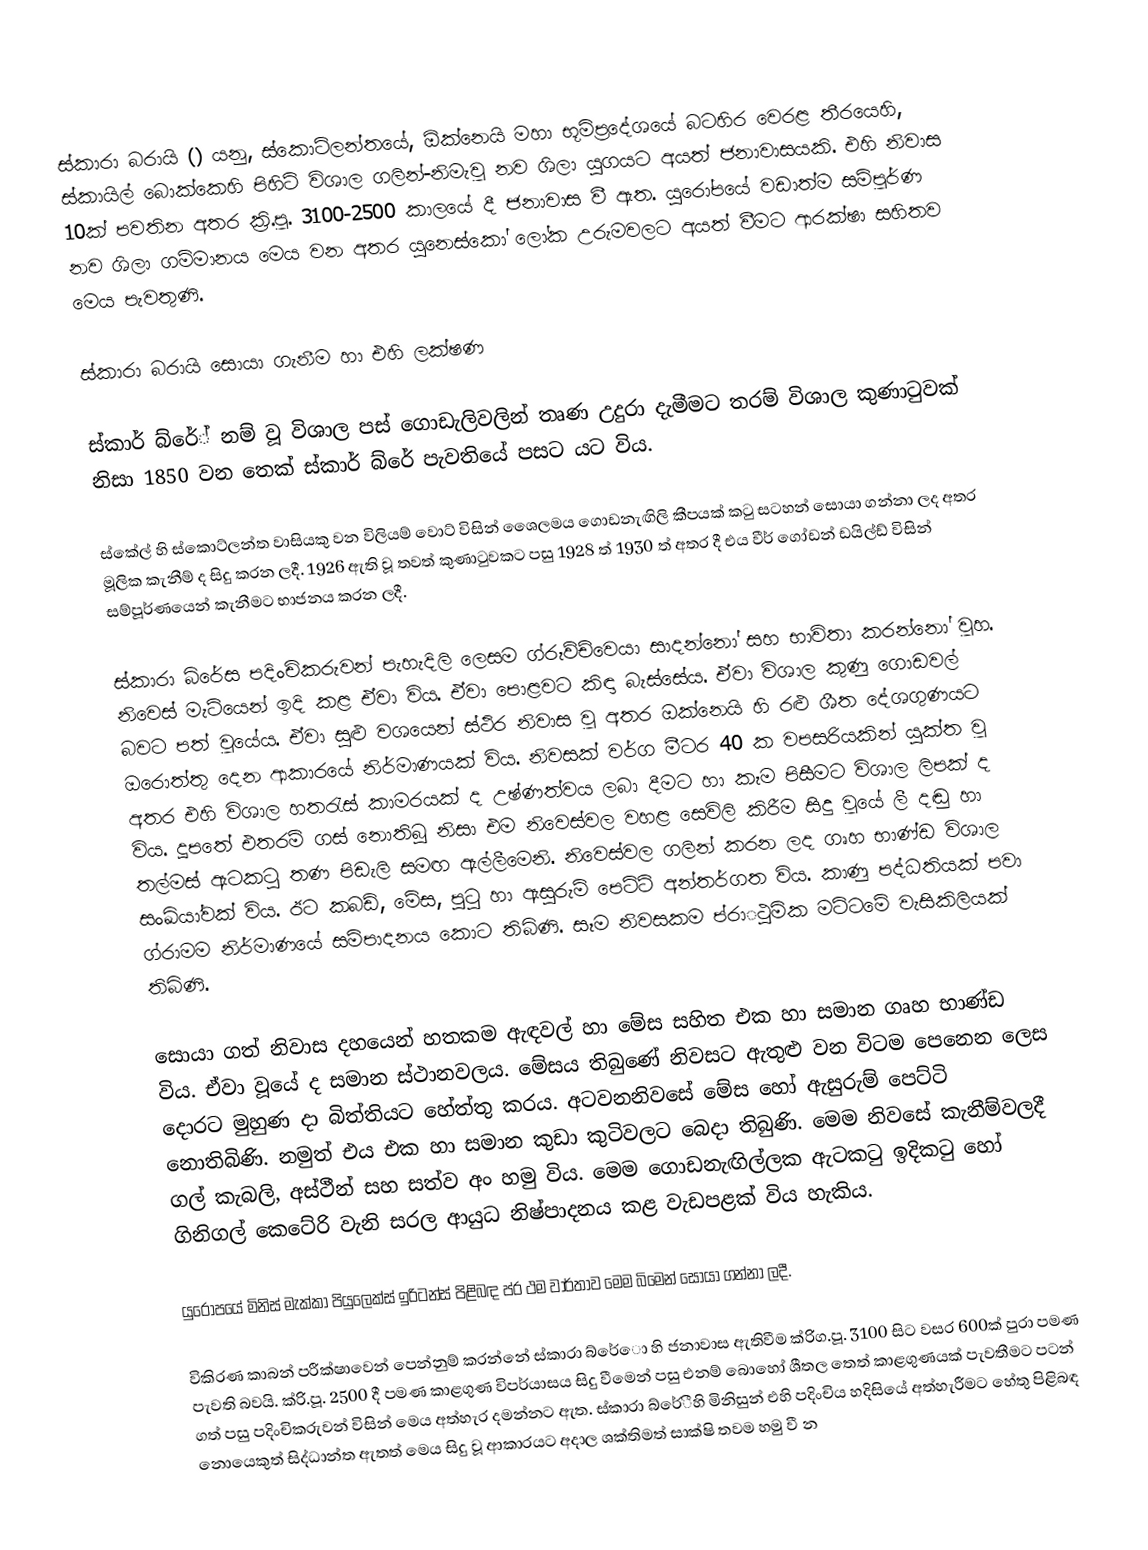
ස්කාරා බරායි () යනු,  ස්කොට්ලන්තයේ, ඕක්නෙයි මහා භූමිප්‍රදේශයේ බටහිර වෙරළ තීරයෙහි, ස්කායිල් බොක්කෙහි පිහිටි විශාල ගලින්-නිමැවූ‍ නව ශිලා යුගයට අයත් ජනාවාසයකි. එහි නිවාස 10ක් පවතින අතර ක්‍රි.පූ. 3100-2500 කාලයේ දී ජනාවාස වී ඇත. යුරෝපයේ වඩාත්ම සම්පූර්ණ නව ශිලා ගම්මානය මෙය වන අතර යුනෙස්කෝ ලෝක උරුමවලට අයත් වීමට ආරක්ෂා සහිතව මෙය පැවතුණි.

ස්කාරා බරායි සොයා ගැනීම හා එහි ලක්ෂණ

ස්කාර් බ්රේ් නම් වූ විශාල පස් ගොඩැලිවලින් තෘණ උදුරා දැමීමට තරම් විශාල කුණාටුවක් නිසා 1850 වන තෙක් ස්කාර් බ්රේ  පැවතියේ පසට යට විය.

ස්කේල් හි ස්කොට්ලන්ත වාසියකු වන විලියම් වොට් විසින් ශෛලමය ගොඩනැඟිලි කීපයක් කටු සටහන් සොයා ගන්නා ලද අතර මූලික කැනීම් ද සිදු කරන ලදී. 1926 ඇති වූ තවත් කුණාටුවකට පසු 1928 ත් 1930 ත් අතර දී එය වීර් ගෝඩන් ඩයිල්ඩ් විසින් සම්පූර්ණයෙන් කැනීමට භාජනය කරන ලදී.

ස්කාරා බ්රේස පදිංචිකරුවන් පැහැදිලි ලෙසම ග්රූව්ච්වෙයා සාදන්නෝ සහ භාවිතා කරන්නෝ වූහ. නිවෙස් මැටියෙන් ඉදි කළ ඒවා විය. ඒවා පොළවට කිඳා බැස්සේය. ඒවා විශාල කුණු ගොඩවල් බවට පත් වූයේය. ඒවා සුළු වශයෙන් ස්ථිර නිවාස වූ අතර ඔක්නෙයි හි රළු ශීත දේශගුණයට ඔරොත්තු දෙන ආකාරයේ නිර්මාණයක් විය. නිවසක් වර්ග මීටර 40 ක වපසරියකින් යුක්ත වූ අතර එහි විශාල හතරැස් කාමරයක් ද උෂ්ණත්වය ලබා දීමට හා කෑම පිසීමට විශාල ලිපක් ද විය. දූපතේ එතරම් ගස් නොතිබූ නිසා එම නිවෙස්වල වහළ සෙවිලි කිරීම සිදු වූයේ ලී දඬු හා තල්මස් ඇටකටු තණ පිඩැලි සමඟ ඇල්ලීමෙනි. නිවෙස්වල ගලින් කරන ලද ගෘහ භාණ්ඩ විශාල සංඛ්යා්වක් විය. ඊට කබඩ්, මේස, පුටු හා ඇසුරුම් පෙට්ටි අන්තර්ගත විය. කාණු පද්ධතියක් පවා ග්රාමම නිර්මාණයේ සම්පාදනය කොට තිබිණි. සෑම නිවසකම ප්රාුථමික මට්ටමේ වැසිකිලියක් තිබිණි.

සොයා ගත් නිවාස දහයෙන් හතකම ඇඳවල් හා මේස සහිත එක හා සමාන ගෘහ භාණ්ඩ විය. ඒවා වූයේ ද සමාන ස්ථානවලය. මේසය තිබුණේ නිවසට ඇතුළු වන විටම පෙනෙන ලෙස දොරට මුහුණ දා බිත්තියට හේත්තු කරය. අටවනනිවසේ මේස හෝ ඇසුරුම් පෙට්ටි නොතිබිණි. නමුත් එය එක හා සමාන කුඩා කුටිවලට බෙදා තිබුණි. මෙම නිවසේ කැනීම්වලදී ගල් කැබලි, අස්ථීන් සහ සත්ව අං හමු විය.  මෙම ගොඩනැඟිල්ලක ඇටකටු ඉදිකටු හෝ ගිනිගල් කෙටේරි වැනි සරල ආයුධ නිෂ්පාදනය කළ වැඩපළක් විය හැකිය.

යුරෝපයේ මිනිස් මැක්කා පියුලෙක්ස් ඉරිටන්ස් පිළිබඳ ප්ර ථම වාර්තාව මෙම බිමෙන් සොයා ගන්නා ලදී.

විකිරණ කාබන් පරීක්ෂාවෙන් පෙන්නුම් කරන්නේ ස්කාරා බ්රේො හි ජනාවාස ඇතිවීම ක්රිග.පූ. 3100 සිට වසර 600ක් පුරා පමණ පැවති බවයි. ක්රි‍.පූ. 2500 දී පමණ කාළගුණ විපර්යාසය සිදු වීමෙන් පසු එනම් බොහෝ ශීතල තෙත් කාළගුණයක් පැවතීමට පටන් ගත් පසු පදිංචිකරුවන් විසින් මෙය අත්හැර දමන්නට ඇත. ස්කාරා බ්රේීහි මිනිසුන් එහි පදිංචිය හදිසියේ අත්හැරීමට හේතු පිළිබඳ නොයෙකුත් සිද්ධාන්ත ඇතත් මෙය සිදු වූ ආකාරයට අදාල ශක්තිමත් සාක්ෂි තවම හමු වී න